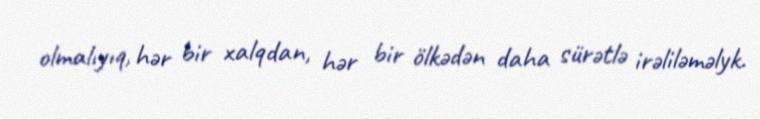
olmalıyıq, hər bir xalqdan, hər bir ölkədən daha sürətlə irəliləməlyk.